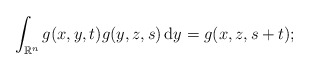
\begin{align*} \int_{\mathbb{R}^{n}}g(x,y,t)g(y,z,s)\,\mathrm{d}y = g(x,z,s+t); \end{align*}